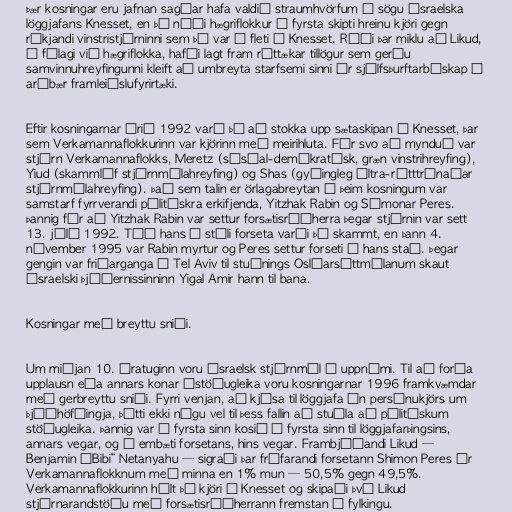
Þær kosningar eru jafnan sagðar hafa valdið straumhvörfum í sögu ísraelska
löggjafans Knesset, en þá náði hægriflokkur í fyrsta skipti hreinu kjöri gegn
ríkjandi vinstristjórninni sem þá var á fleti á Knesset. Réði þar miklu að Likud,
í félagi við hægriflokka, hafði lagt fram róttækar tillögur sem gerðu
samvinnuhreyfingunni kleift að umbreyta starfsemi sinni úr sjálfsþurftarbúskap í
arðbær framleiðslufyrirtæki.

Eftir kosningarnar árið 1992 varð þó að stokka upp sætaskipan á Knesset, þar
sem Verkamannaflokkurinn var kjörinn með meirihluta. Fór svo að mynduð var
stjórn Verkamannaflokks, Meretz (sósíal-demókratísk, græn vinstrihreyfing),
Yiud (skammlíf stjórnmálahreyfing) og Shas (gyðingleg últra-rétttrúnaðar
stjórnmálahreyfing). Það sem talin er örlagabreytan í þeim kosningum var
samstarf fyrrverandi pólitískra erkifjenda, Yitzhak Rabin og Símonar Peres.
Þannig fór að Yitzhak Rabin var settur forsætisráðherra þegar stjórnin var sett
13. júlí 1992. Tíð hans í stóli forseta varði þó skammt, en þann 4.
nóvember 1995 var Rabin myrtur og Peres settur forseti í hans stað. Þegar
gengin var friðarganga í Tel Aviv til stuðnings Oslóarsáttmálanum skaut
ísraelski þjóðernissinninn Yigal Amir hann til bana.

Kosningar með breyttu sniði.

Um miðjan 10. áratuginn voru ísraelsk stjórnmál í uppnámi. Til að forða
upplausn eða annars konar óstöðugleika voru kosningarnar 1996 framkvæmdar
með gerbreyttu sniði. Fyrri venjan, að kjósa til löggjafa án persónukjörs um
þjóðhöfðingja, þótti ekki nógu vel til þess fallin að stuðla að pólitískum
stöðugleika. Þannig var í fyrsta sinn kosið í fyrsta sinn til löggjafarþingsins,
annars vegar, og í embæti forsetans, hins vegar. Frambjóðandi Likud —
Benjamin „Bibi“ Netanyahu — sigraði þar fráfarandi forsetann Shimon Peres úr
Verkamannaflokknum með minna en 1% mun — 50,5% gegn 49,5%.
Verkamannaflokkurinn hélt þó kjöri á Knesset og skipaði því Likud
stjórnarandstöðu með forsætisráðherrann fremstan í fylkingu.